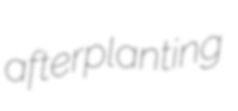
afterplanting